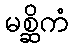
မစ္ဆိကံ